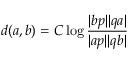
d ( a , b ) = C \log { \frac { | b p | | q a | } { | a p | | q b | } }